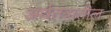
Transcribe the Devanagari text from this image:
अर्थतंत्रातील